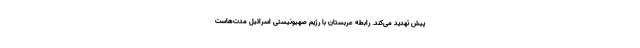
پیش تهدید می‌کند. رابطه عربستان با رژیم صهیونیستی اسرائیل مدت‌هاست